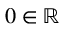
0 \in \mathbb { R }